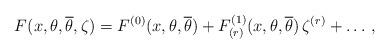
LaTeX: \begin{align*}F(x,\theta,{\overline \theta}, \zeta) = F^{(0)}(x,\theta,{\overline \theta}) + F_{(r)}^{(1)}(x,\theta,{\overline \theta}) \, \zeta^{(r)} + \ldots \, ,\end{align*}